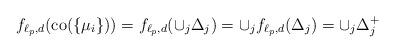
LaTeX: \begin{align*}f_{\ell_{p},d}(\mathrm{co}(\{\mu_{i}\}))=f_{\ell_{p},d}(\cup_{j}\Delta_{j})=\cup_{j}f_{\ell_{p},d}(\Delta_{j})=\cup_{j}\Delta_{j}^{+}\end{align*}